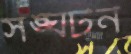
সঙ্ঘটন